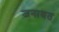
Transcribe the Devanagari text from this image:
जनाश्रत